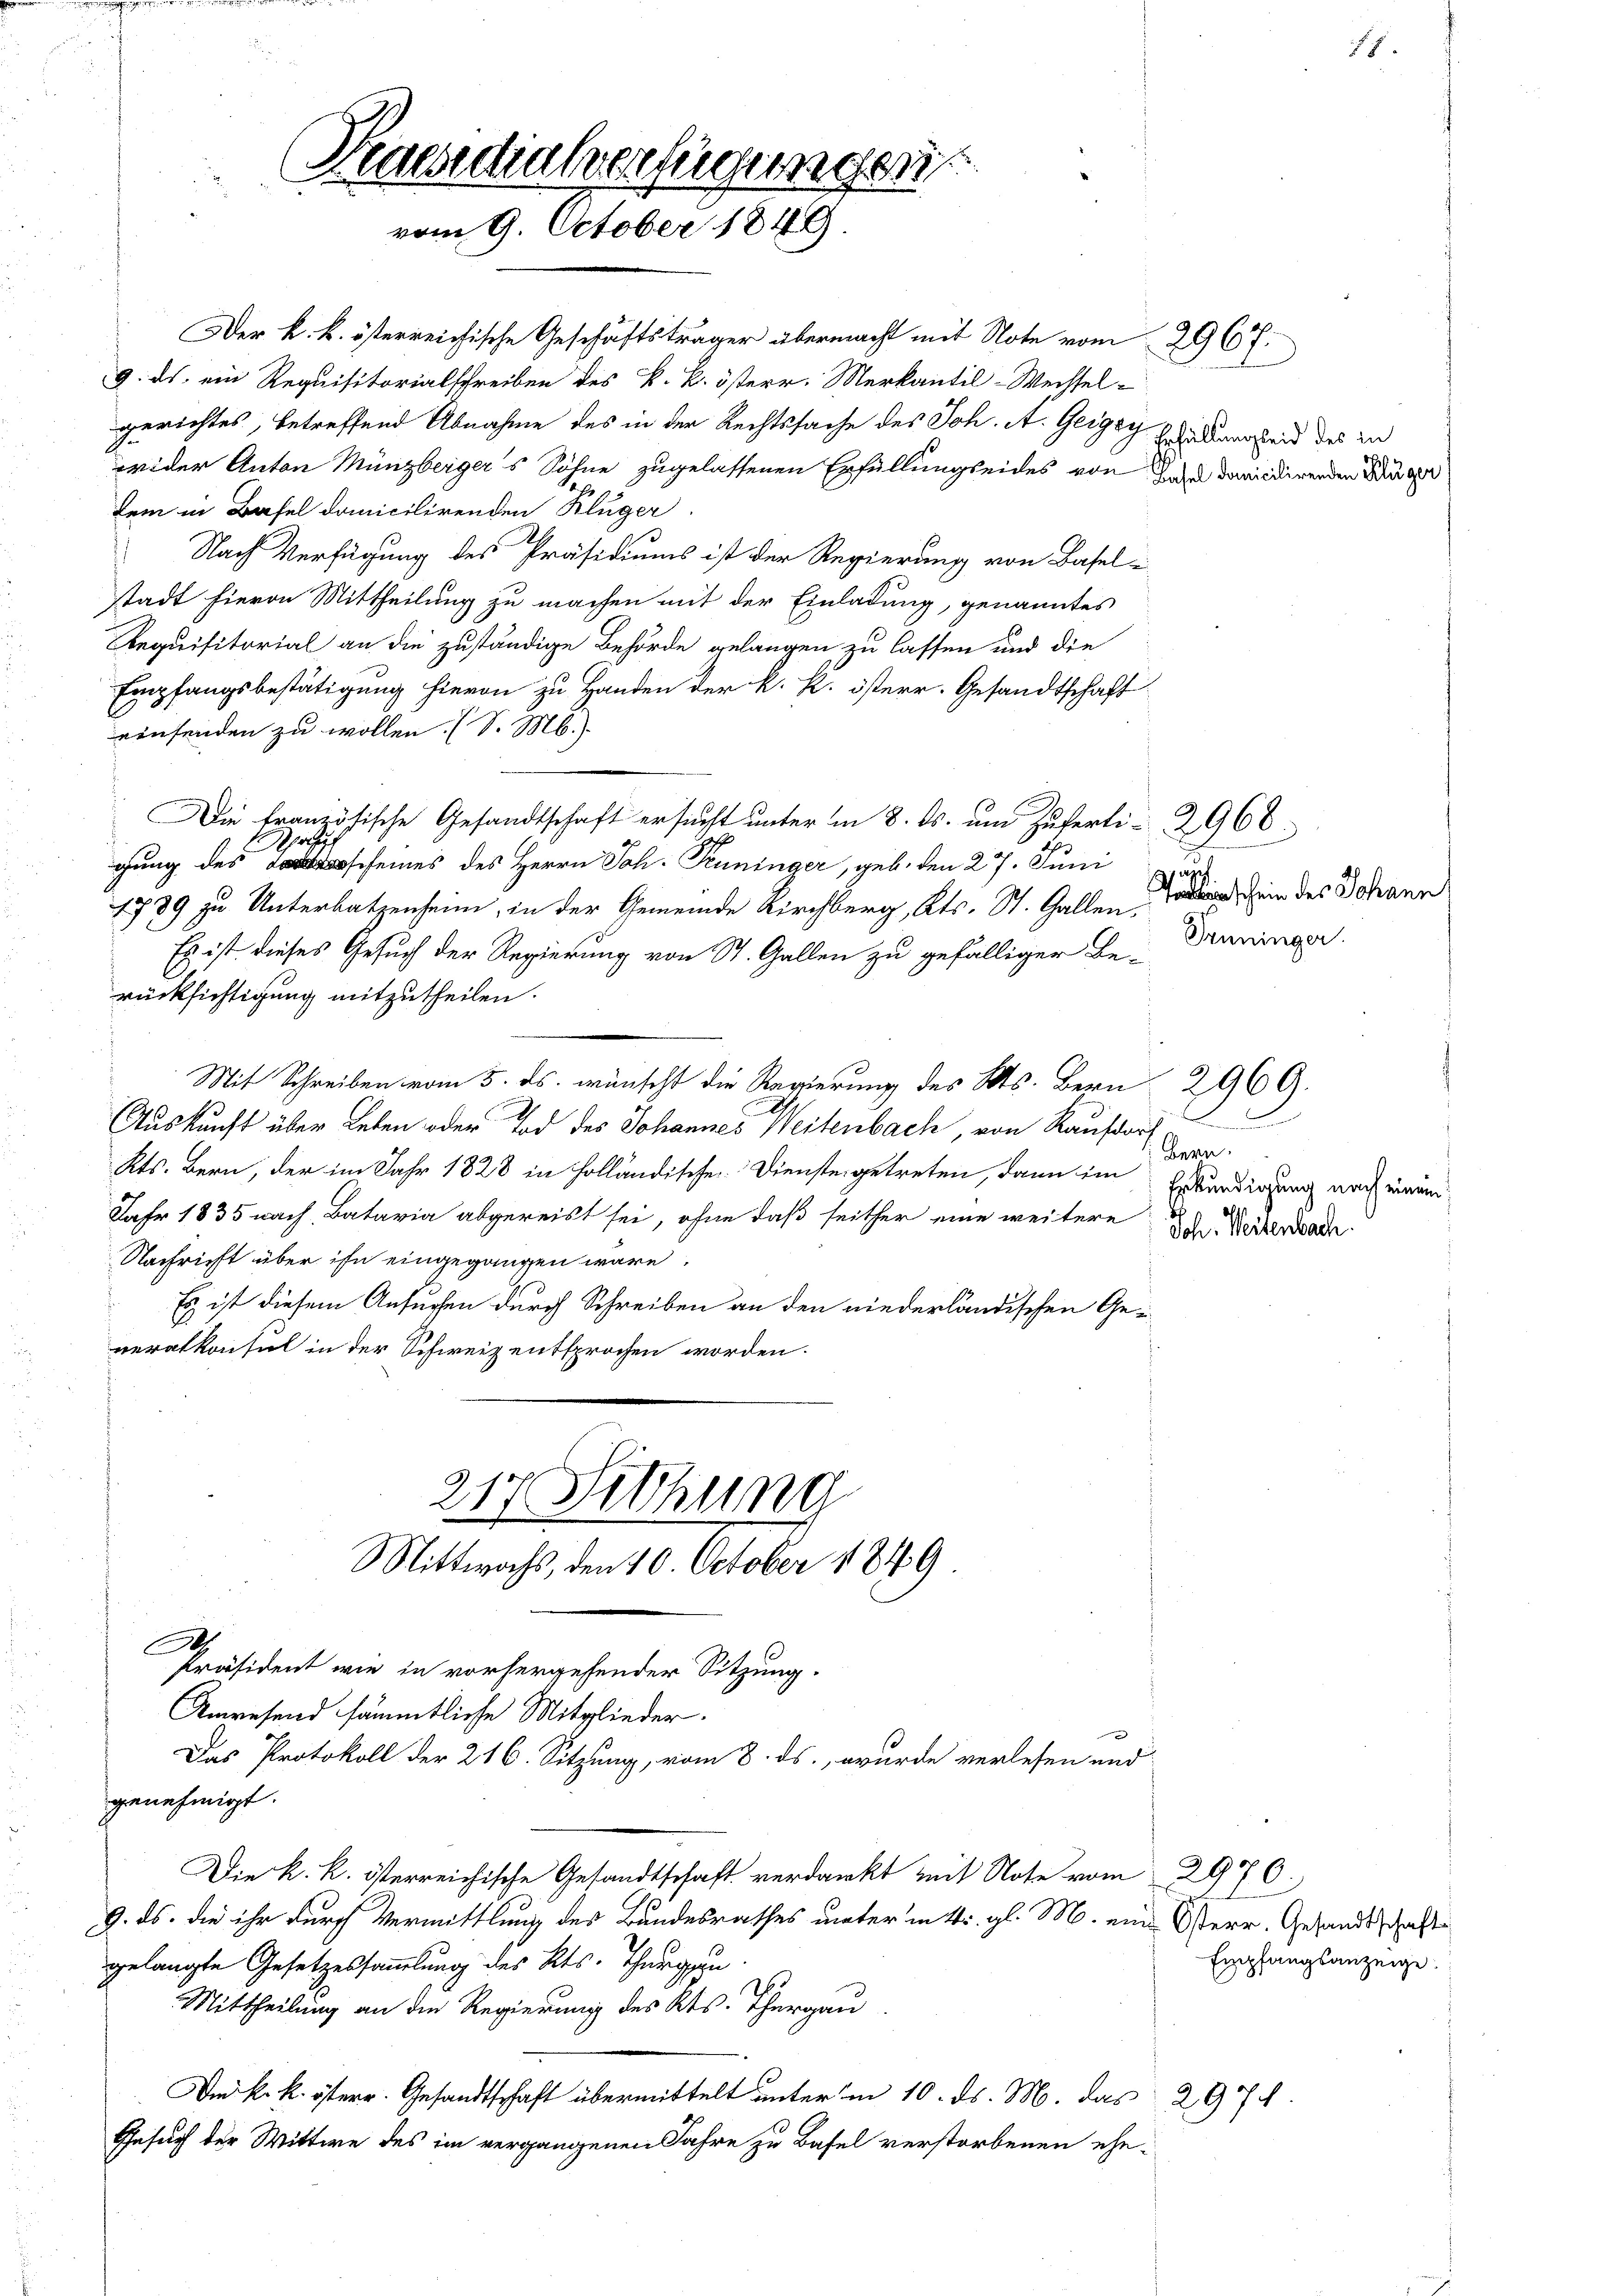
Praesidialverfügungen.
vom 9. October 1849.

Der k. k. österreichische Geschäftsträger übermacht mit Note vom
9. ds. ein Requisitorialschreiben des k. k. österr. Merkantil-Wechsel-
gerichtes, betreffend Abnahme des in der Rechtssache des Joh. A. Geiger Stattung leid des zu
wider Anton Münzberger's Söhne zugelassenen Erfüllungseides von den darindirenden Dinge
dem in Basel domicilirenden Kluger.
Nach Verfügung des Präsidiums ist der Regierung von Basel-
stadt hievon Mittheilung zu machen mit der Einladung, genanntes
Aequisitorial an die zuständige Behörde gelangen zu lassen und die
Empfangsbestätigung hievon zu Handen der k. k. österr. Gesandtschaft
einsenden zu wollen. (S. M.)
Die französische Gesandtschaft ersucht unter in 8. ds. um Zuferti-2960.
.
pr
gung des scheines des Herrn Joh. Pruninger, geb. den 27. Juni
1789 zu Unterbatzenheim, in der Gemeinde Kirchberg, Kts. St. Gallen,
Es ist dieses Gesuch der Regierung von St. Gallen zu gefälliger Be-Dreninspr
rücksichtigung mitzutheilen.
Mit Schreiben vom 5. ds. wünscht die Regierung des Kts. Bern 2969.
Auskunft über Leben oder Tod des Johannes Weitenbach, von Kaufor
Kts. Bern, der im Jahr 1828 in Holländischen Diensteigetreten, dann im Erkundigung nach einem
Jahr 1835 nach Bataria abgereist sei, ohne daß seither eine weitere Dir. Werkerade
Nachricht über ihn eingegangen wäre.
Es ist diesem Ansuchen durch Schreiben an den niederländischen Geveralkonsul in der Schweiz entsprochen worden.
217 Sitzung
Mittwochs, den 10. October 1849
Präsident wie in vorhergehender Sitzung.
Unwesend sämmtliche Mitglieder.
Das Protokoll der 216. Sitzung, vom 8. ds., wurde verlesen und
genehmigt.
Die k. k. österreichische Gesandtschaft verdankt mit Note vom 2970.)
9. ds. die ihr durch Vermittlung des Bundesrathes unter in 4. gl. M. eine Osterr. Gesandtschafte
gelangte Gesetzessammlung des Kts. Thurgan
Mittheilung an die Regierung des Kts. Thurgau
Dm k. k. österr. Gesandtschaft übermittelt unter in 10. ds. M. das 297.
Gesuch der Wittwe des im vergangenen Jahre zu Basel verstorbenen ehe-

2967.

ap
Todtenschein des Johann

Empfangsanzeige.

17

Bern.